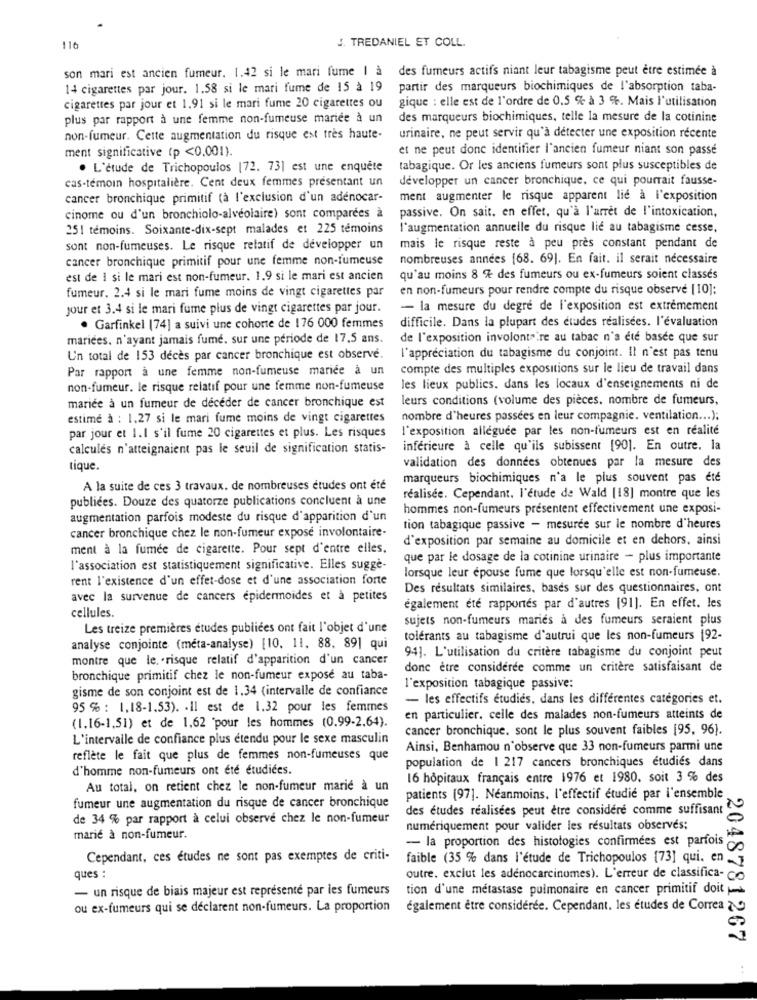
116
J. TREDANIEL ET COLL.
son mari est ancien fumeur. 1.42 si le mari fume | à des fumeurs actifs niant leur tabagisme peut être estimée à
14 cigarettes par jour. 1.58 si le mari fume de 15 à 19
partir des marqueurs biochimiques de l'absorption taba-
gique : elle est de l'ordre de 0,5 % à 3 %. Mais l'utilisation
cigarettes par jour et 1.91 si le mari fume 20 cigarettes ou
plus par rapport à une femme non-fumeuse mariée à un
des marqueurs biochimiques, telle la mesure de la cotinine
non-fumeur. Cette augmentation du risque est très haute-
urinaire, ne peut servir qu'à détecter une exposition récente
ment significative (p <0,001).
et ne peut donc identifier l'ancien fumeur niant son passé
. L'étude de Trichopoulos [72. 73] est une enquête
tabagique. Or les anciens fumeurs sont plus susceptibles de
cas-témoin hospitalière. Cent deux femmes presentant un
développer un cancer bronchique, ce qui pourrait fausse-
cancer bronchique primitif (à l'exclusion d'un adenocar-
ment augmenter le risque apparent lie à l'exposition
cinome ou d'un bronchiolo-alvéolaire) sont comparées à
passive. On sait. en effet, qu'à l'arrêt de l'intoxication,
251 témoins. Soixante-dix-sept malades et 225 témoins
l'augmentation annuelle du risque lie au tabagisme cesse,
sont non-fumeuses. Le risque relatif de développer un
mais le risque reste à peu près constant pendant de
cancer bronchique primitif pour une femme non-fumeuse
nombreuses années [68. 69]. En fait. il serait nécessaire
est de I si le mari est non-fumeur. 1.9 si le mari est ancien
qu'au moins 8 % des fumeurs ou ex-fumeurs soient classes
fumeur. 2.4 si le mari fume moins de vingt cigarettes par
en non-fumeurs pour rendre compte du risque observé [10]:
jour et 3.4 si le mari fume plus de vingt cigarettes par jour.
- la mesure du degré de l'exposition est extrêmement
difficile. Dans la plupart des études réalisées. l'évaluation
. Garfinkel (74] a suivi une cohorte de 176 000 femmes
mariees. n'ayant jamais fume. sur une période de 17,5 ans.
de l'exposition involontaire au tabac n'a été basée que sur
Un total de 153 deces par cancer bronchique est observe.
l'appréciation du tabagisme du conjoint. Il n'est pas tenu
Par rapport à une femme non-fumeuse mariée à un
compte des multiples expositions sur le lieu de travail dans
non-fumeur. le risque relatif pour une femme non-fumeuse
les lieux publics. dans les locaux d'enseignements ni de
leurs conditions (volume des pièces, nombre de fumeurs,
mariée à un fumeur de deceder de cancer bronchique est
estime à : 1,27 si le mari fume moins de vingt cigarettes
nombre d'heures passées en leur compagnie. ventilation ... );
l'exposition alleguee par les non-fumeurs est en réalité
par jour et I.I s'il fume 20 cigarettes et plus. Les risques
calculés n'atteignaient pas le seuil de signification statis-
inférieure à celle qu'ils subissent [90]. En outre. la
tique.
validation des données obtenues par la mesure des
marqueurs biochimiques n'a le plus souvent pas été
A la suite de ces 3 travaux. de nombreuses études ont été
publiées. Douze des quatorze publications concluent à une
réalisée. Cependant. l'étude de Wald [18] montre que les
hommes non-fumeurs présentent effectivement une exposi-
augmentation parfois modeste du risque d'apparition d'un
cancer bronchique chez le non-fumeur expose involontaire-
tion tabagique passive - mesuree sur le nombre d'heures
d'exposition par semaine au domicile et en dehors, ainsi
ment à la fumée de cigarette. Pour sept d'entre elles.
que par le dosage de la cotinine urinaire - plus importante
l'association est statistiquement significative. Elles sugge-
lorsque leur epouse fume que lorsqu'elle est non-fumeuse.
rent l'existence d'un effet-dose et d'une association forte
Des resultats similaires, bases sur des questionnaires, ont
avec la survenue de cancers epidermoides et à petites
également été rapportés par d'autres [91]. En effet. les
cellules.
sujets non-fumeurs maries a des fumeurs seraient plus
Les treize premières études publiées ont fait l'objet d'une
tolerants au tabagisme d'autrui que les non-fumeurs 192-
analyse conjointe (meta-analyse) [10. 11. 88. 89] qui
montre que le, risque relatif d'apparition d'un cancer
94]. L'utilisation du critère tabagisme du conjoint peut
donc être considérée comme un critère satisfaisant de
bronchique primitif chez le non-fumeur expose au taba-
gisme de son conjoint est de 1.34 (intervalle de confiance
l'exposition tabagique passive:
- les effectifs étudiés, dans les différentes catégories et.
95 % : 1,18-1.53). - Il est de 1.32 pour les femmes
en particulier. celle des malades non-fumeurs atteints de
(1.16-1,51) et de 1,62 pour les hommes (0.99-2.64).
cancer bronchique. sont le plus souvent faibles [95. 96).
L'intervalle de confiance plus étendu pour le sexe masculin
Ainsi, Benhamou n'observe que 33 non-fumeurs parmi une
reflète le fait que plus de femmes non-fumeuses que
population de 1 217 cancers bronchiques étudiés dans
d'homme non-fumeurs ont été étudiées.
16 hôpitaux français entre 1976 et 1980, soit 3 % des
Au total, on retient chez le non-fumeur marie à un
fumeur une augmentation du risque de cancer bronchique
patients [97]. Néanmoins, l'effectif étudié par l'ensemble
des études réalisées peut être considéré comme suffisant
de 34 % par rapport à celui observe chez le non-fumeur
numériquement pour valider les résultats observés;
marié à non-fumeur.
- la proportion des histologies confirmées est parfois
Cependant, ces études ne sont pas exemptes de criti-
faible (35 % dans l'étude de Trichopoulos [73] qui. en
ques :
outre. exclut les adénocarcinomes). L'erreur de classifica-
- un risque de biais majeur est représenté par les fumeurs
tion d'une métastase pulmonaire en cancer primitif doit
ou ex-fumeurs qui se déclarent non-fumeurs. La proportion également être consideree. Cependant. les études de Correa
2048781267
...